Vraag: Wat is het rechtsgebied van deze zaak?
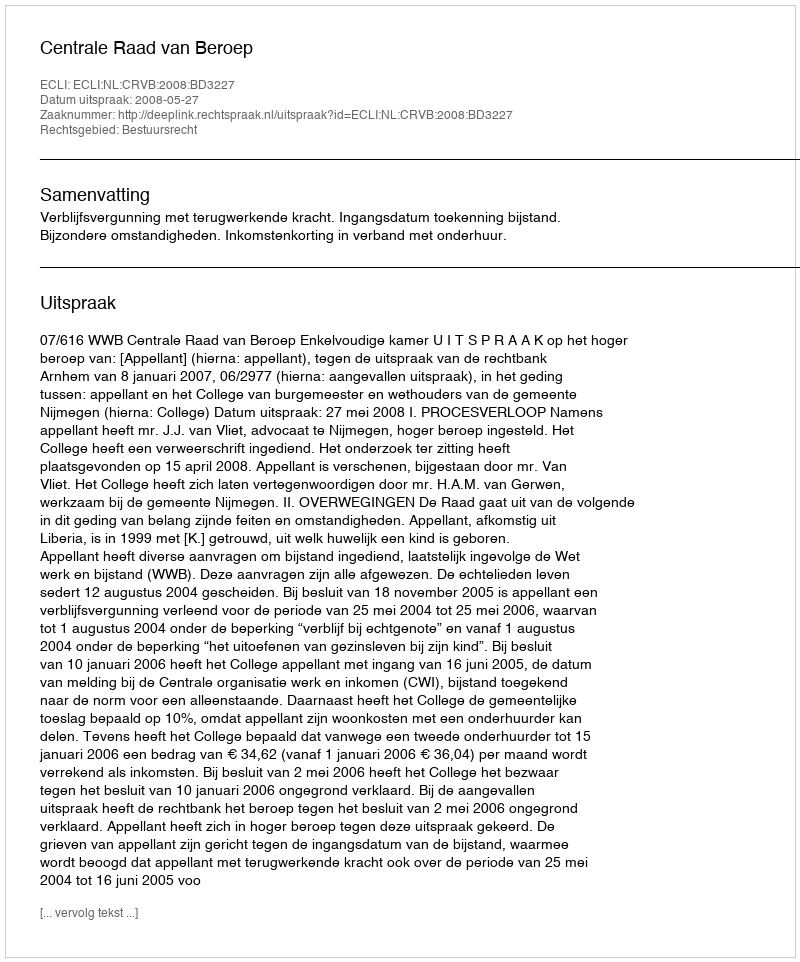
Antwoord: Bestuursrecht